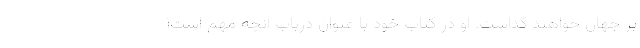
بر جهان خواهند گذاشت. او در کتاب خود با عنوان درباب آنچه مهم است۱